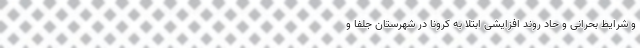
و شرایط بحرانی و حاد روند افزایشی ابتلا به کرونا در شهرستان جلفا و